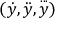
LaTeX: ( { \dot { y } } , { \ddot { y } } , { \overset { . . . } { y } } )